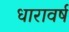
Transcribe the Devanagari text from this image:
धारावर्ष